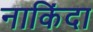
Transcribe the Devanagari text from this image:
नाकिंदा